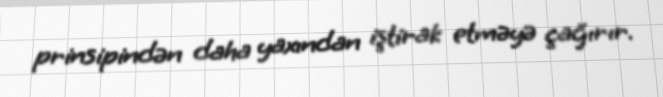
prinsipindən daha yaxından iştirak etməyə çağırır.